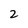
Character: 2